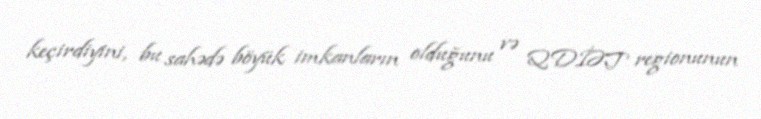
keçirdiyini, bu sahədə böyük imkanların olduğunu və QDİƏT regionunun